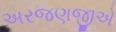
અરજણજીએ